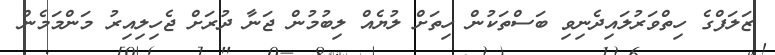
ޒަލަފްގެ ހިތްވަރުލައިދެނިވި ބަސްތަކުން ހިތަށް ލުޔެއް ލިބުމުން ޖަނާ ދުރަށް ޖެހިލިއިރު މަންމަމެން